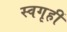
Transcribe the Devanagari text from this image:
स्वगृहीं